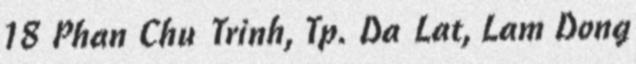
18 Phan Chu Trinh, Tp. Da Lat, Lam Dong